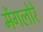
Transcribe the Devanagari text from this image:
मेंगलोरे